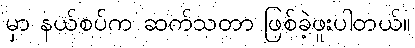
မှာ နယ်စပ်က ဆက်သတာ ဖြစ်ခဲ့ဖူးပါတယ်။